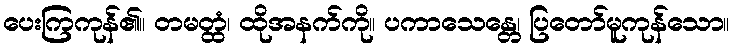
ပေးကြကုန်၏။ တမတ္ထံ၊ ထိုအနက်ကို။ ပကာသေန္တေ၊ ပြတော်မူကုန်သော။